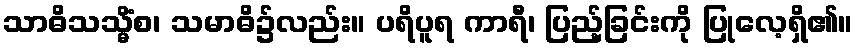
သာဓိသသ္မိံစ၊ သမာဓိ၌လည်း။ ပရိပူရ ကာရီ၊ ပြည့်ခြင်းကို ပြုလေ့ရှိ၏။